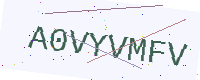
Text: A0VYVMFV